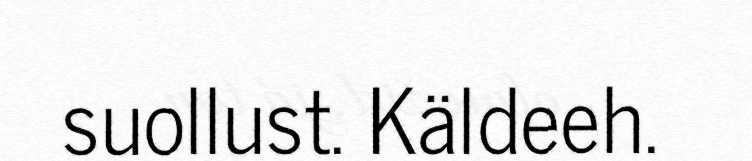
suollust. Käldeeh.